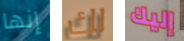
إنها لك إليك